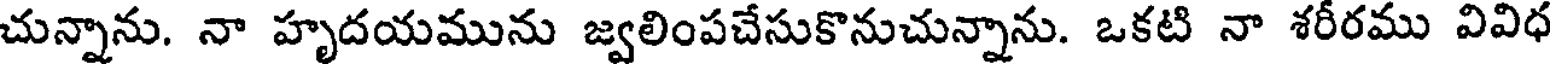
చున్నాను. నా హృదయమును జ్వలింపచేసుకొనుచున్నాను. ఒకటి నా శరీరము వివిధ